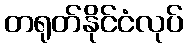
တရုတ်နိုင်ငံလုပ်